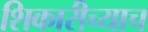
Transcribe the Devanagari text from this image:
शिकारीच्याच